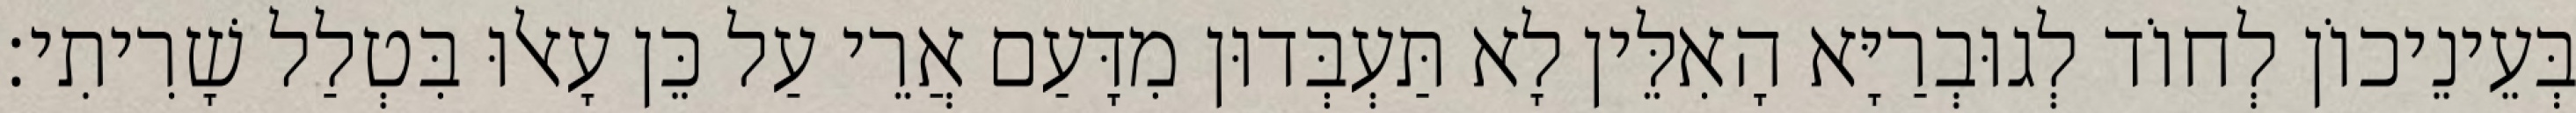
בְּעֵינֵיכוֹן לְחוֹד לְגוּבְרַיָּא הָאִלֵּין לָא תַּעְבְּדוּן מִדָּעַם אֲרֵי עַל כֵּן עָאלוּ בִּטְלַל שָׁרִיתִי׃